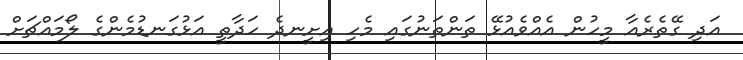
އަދި ގޭތެރެއާ މީހުން އެއްވެއުޅޭ ތަންތަނުގައި މެހި އިށީނދެ ހަދާތީ އަޅުގަނޑުމެންގެ ލޯމައްޗަށް